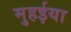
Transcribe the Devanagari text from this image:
मुहईया